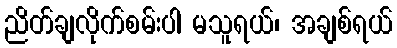
ညိတ်ချလိုက်စမ်းပါ မသူရယ်၊ အချစ်ရယ်